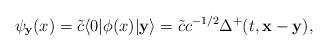
LaTeX: \begin{align*}\psi_{{\bf y}}(x)=\tilde{c}\langle 0|\phi(x)|{\bf y}\rangle =\tilde{c}c^{-1/2}\Delta^+(t,{\bf x}-{\bf y}) ,\end{align*}